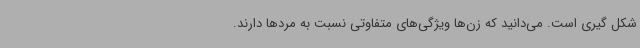
شکل گیری است. می‌دانید که زن‌ها ویژگی‌های متفاوتی نسبت به مردها دارند.